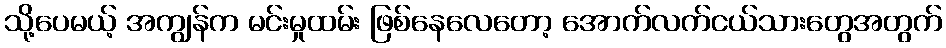
သို့ပေမယ့် အကျွန်က မင်းမှုထမ်း ဖြစ်နေလေတော့ အောက်လက်ငယ်သားတွေအတွက်